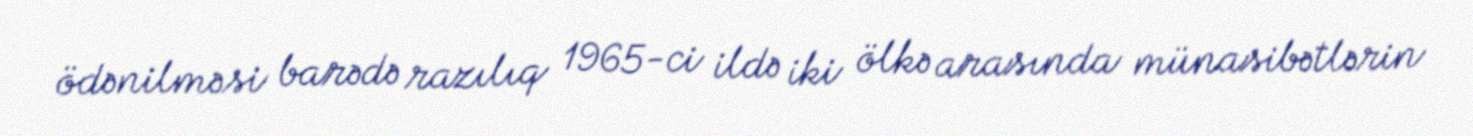
ödənilməsi barədə razılıq 1965-ci ildə iki ölkə arasında münasibətlərin